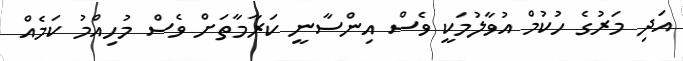
އަދި މަރުގެ ހުކުމް އުވާލުމަކީ ވެސް އިންސާނީ ކަރާމާތަށް ވެސް މުހިއްމު ކަމެއް